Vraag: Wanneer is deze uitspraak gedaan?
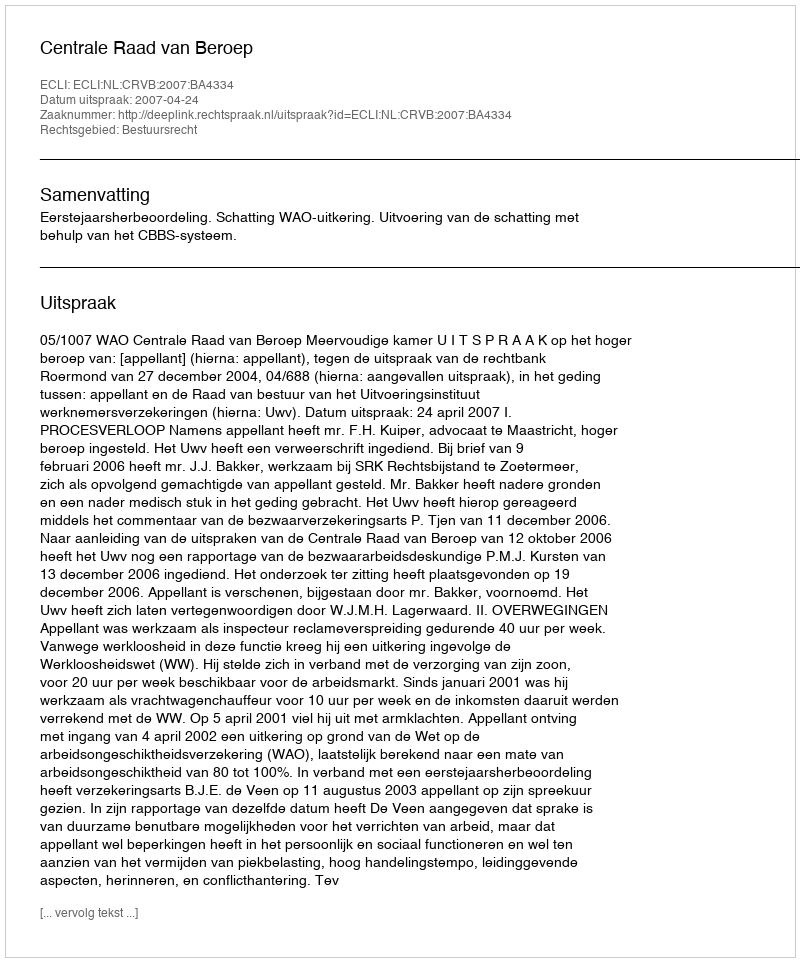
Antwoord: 2007-04-24